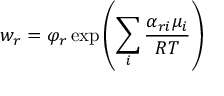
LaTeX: w _ { r } = \varphi _ { r } \exp \left( \sum _ { i } { \frac { \alpha _ { r i } \mu _ { i } } { R T } } \right)